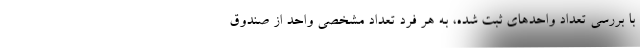
با بررسی تعداد واحدهای ثبت شده، به هر فرد تعداد مشخصی واحد از صندوق